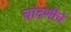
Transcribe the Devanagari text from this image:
चांदणीचे